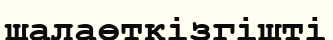
шалаөткізгішті